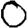
Digit: 0